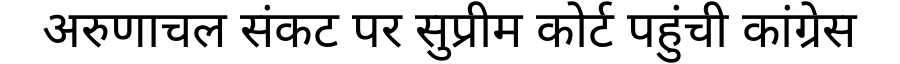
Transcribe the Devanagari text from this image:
अरुणाचल संकट पर सुप्रीम कोर्ट पहुंची कांग्रेस